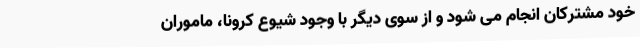
خود مشترکان انجام می شود و از سوی دیگر با وجود شیوع کرونا، ماموران